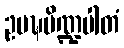
ဥပဍ္ဎပိဏ္ဍပါတံ